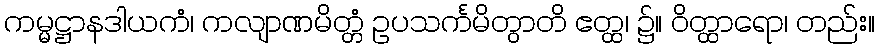
ကမ္မဋ္ဌာနဒါယကံ၊ ကလျာဏမိတ္တံ ဥပသင်္ကမိတွာတိ ဧတ္ထ၊ ၌။ ဝိတ္ထာရော၊ တည်း။